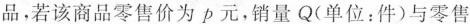
品，若该商品零售价为p元，销量Q(单位：件)与零售